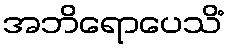
အဘိရောပေသိံ